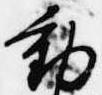
動